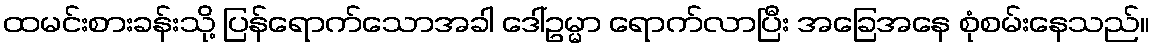
ထမင်းစားခန်းသို့ ပြန်ရောက်သောအခါ ဒေါ်ဥမ္မာ ရောက်လာပြီး အခြေအနေ စုံစမ်းနေသည်။